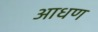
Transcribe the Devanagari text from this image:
आधण